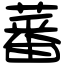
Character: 蕃